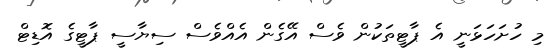
މި ހުށަހަޅަނީ އެ ޕާޓީތަކުން ވެސް އޭގެން އެއްވެސް ސިޔާސީ ޕާޓީގެ އޮޑިޓް